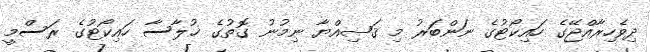
ދިވެހިރާއްޖޭގެ ހައިކޯޓުގެ ނަންބަރު މި ޤަޟިއްޔާ ނިމުނު ގޮތުގެ ޚުލާސާ ހައިކޯޓުގެ ރަސްމީ